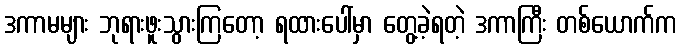
ဒကာမများ ဘုရားဖူးသွားကြတော့ ရထားပေါ်မှာ တွေ့ခဲ့ရတဲ့ ဒကာကြီး တစ်ယောက်က